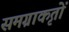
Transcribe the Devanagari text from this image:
समग्राकृतों